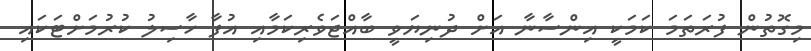
މިގޮތުން ފުރަތަމަ ކަމަކީ އިންސާނާ އަށް ދުނިޔަވީ ބާއްޖަވެރިކަމާއި އުފާ ހާސިލު ކުރުމަށްޓަކައި